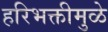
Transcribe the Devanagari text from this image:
हरिभक्तीमुळे